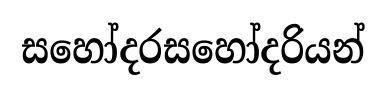
සහෝදරසහෝදරියන්